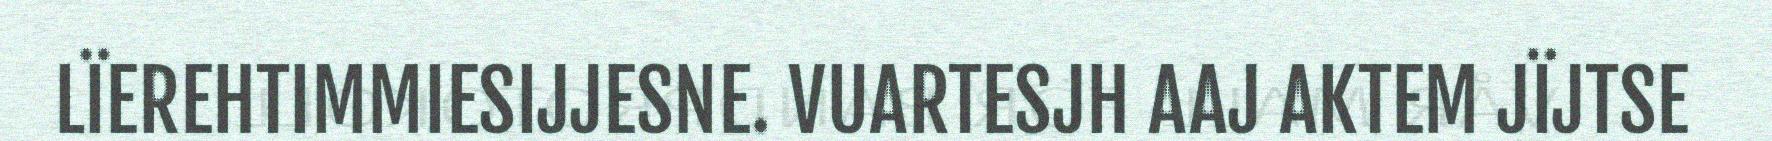
LÏEREHTIMMIESIJJESNE. VUARTESJH AAJ AKTEM JÏJTSE